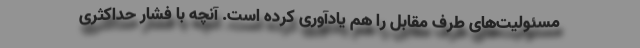
مسئولیت‌های طرف مقابل را هم یادآوری کرده است. آنچه با فشار حداکثری